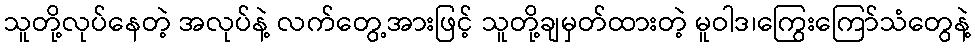
သူတို့လုပ်နေတဲ့ အလုပ်နဲ့ လက်တွေ့အားဖြင့် သူတို့ချမှတ်ထားတဲ့ မူဝါဒ၊ကြွေးကြော်သံတွေနဲ့